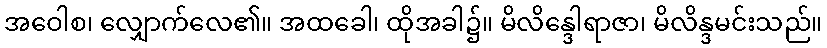
အဝေါစ၊ လျှောက်လေ၏။ အထခေါ၊ ထိုအခါ၌။ မိလိန္ဒေါရာဇာ၊ မိလိန္ဒမင်းသည်။